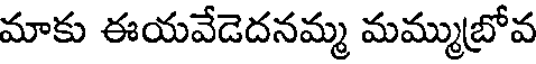
మాకు ఈయవేడెదనమ్మ మమ్ముబ్రోవ